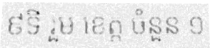
៩ទី រួម ខេត្ត ចំនួន ១